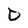
Character: D